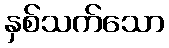
နှစ်သက်သော